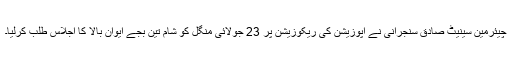
چیئرمین سینیٹ صادق سنجرانی نے اپوزیشن کی ریکوزیشن پر 23 جولائی منگل کو شام تین بجے ایوان بالا کا اجلاس طلب کرلیا۔